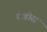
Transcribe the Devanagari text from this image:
रोडोस